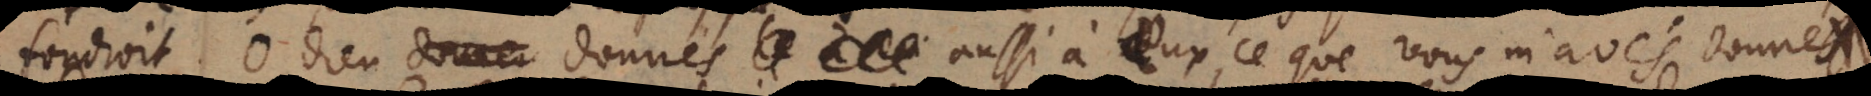
fondroit. Ô Dieu, donnés aussi à ceux, ce que vous m’avés donné